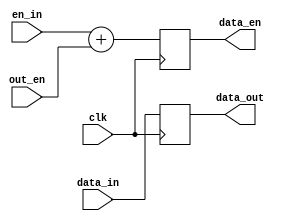
module source_out_1bit(
	input clk,
	input en_in,	
	input data_in,
	input out_en,
	output reg data_en,
	output reg data_out
	);

always @(posedge clk)
begin
	data_en <= en_in + out_en;
	data_out <= data_in;
end


endmodule